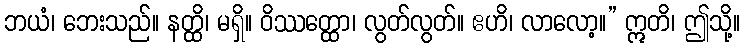
ဘယံ၊ ဘေးသည်။ နတ္ထိ၊ မရှိ။ ဝိဿတ္ထော၊ လွတ်လွတ်။ ဧဟိ၊ လာလော့။” ဣတိ၊ ဤသို့။